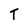
Character: T